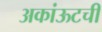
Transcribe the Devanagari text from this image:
अकांऊटची